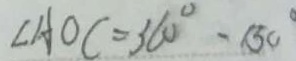
\angle A O C = 3 6 0 ^ { \circ } - 1 5 0 ^ { \circ }